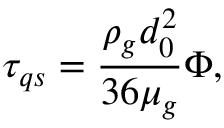
\tau _ { q s } = \frac { \rho _ { g } d _ { 0 } ^ { 2 } } { 3 6 \mu _ { g } } \Phi ,